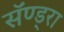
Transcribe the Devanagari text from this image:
सॅण्ड्रा